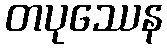
တပုဿေန